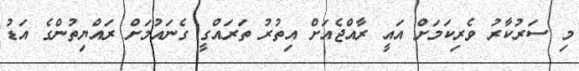
މި ސަރުކާރު ވެރިކަމަށް އައީ ރާއްޖެއަށް އިތުރު ތަރައްގީ ގެނައުމަށް ރައްޔިތުންގެ އަޑު